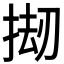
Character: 𫽅